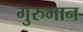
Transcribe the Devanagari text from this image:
गुरुमान